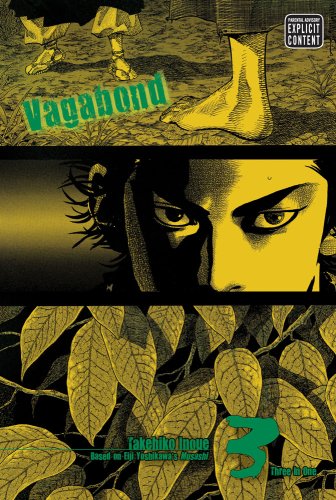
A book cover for Vagabond, Vol. 3 (VIZBIG Edition); Takehiko Inoue; Comics & Graphic Novels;